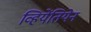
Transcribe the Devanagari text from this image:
व्हियेंतियेन